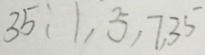
3 5 : 1 , 5 , 7 , 3 5